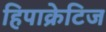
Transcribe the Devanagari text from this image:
हिपाक्रेटिज